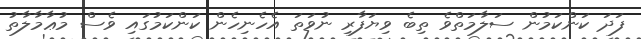
ފަދަ ކަންކަމުން ސަލާމަތްވެ ތިބެ ވިޔަފާރި ނުވަތަ އެހެނިހެން ކަންކަމުގައި ވެސް މުޢާމާލާތު